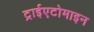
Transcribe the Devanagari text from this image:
ट्राईएटोमाइन